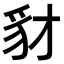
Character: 豺